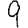
Digit: 9